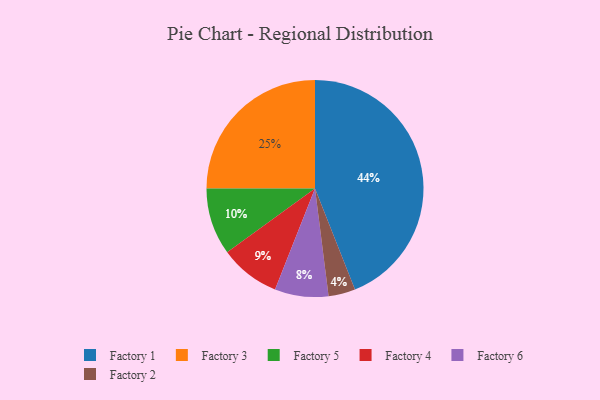
{"axis": {"x": "Category", "y": "Percentage"}, "legend": ["Factory 1", "Factory 2", "Factory 3", "Factory 4", "Factory 5", "Factory 6"], "data": [{"x": "Factory 5", "y": 10, "type": "Factory 5"}, {"x": "Factory 6", "y": 8, "type": "Factory 6"}, {"x": "Factory 3", "y": 25, "type": "Factory 3"}, {"x": "Factory 4", "y": 9, "type": "Factory 4"}, {"x": "Factory 2", "y": 4, "type": "Factory 2"}, {"x": "Factory 1", "y": 44, "type": "Factory 1"}]}